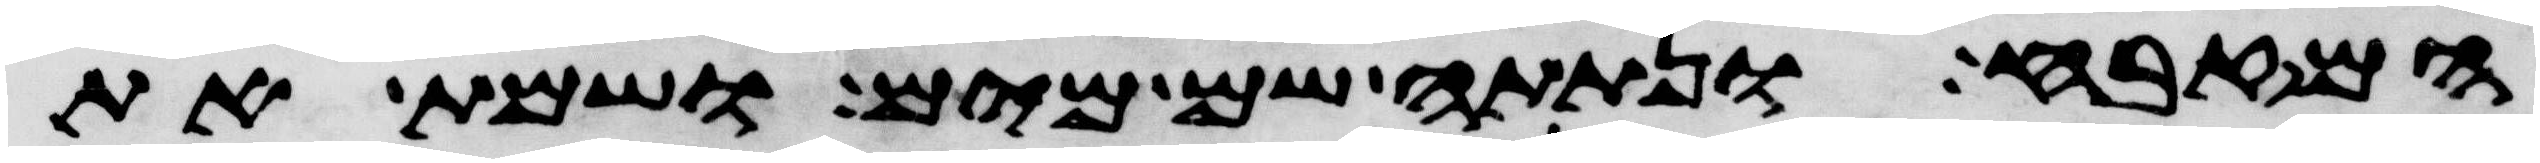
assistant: המזבח ונתתה שם מים ושמת את